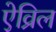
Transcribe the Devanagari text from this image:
ऐव्रिल